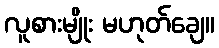
လူစားမျိုး မဟုတ်ချေ။